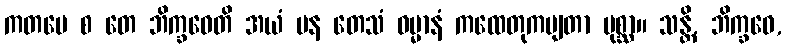
ကတမေ စ တေ ဘိက္ခဝေတိ အယံ ပန တေသံ ဓမ္မာနံ ကထေတုကမျတာ ပုစ္ဆာ။ သန္တိ, ဘိက္ခဝေ,